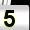
Digit: 5